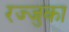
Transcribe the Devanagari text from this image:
रज्जुका